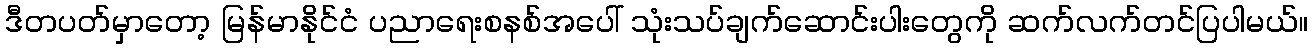
ဒီတပတ်မှာတော့ မြန်မာနိုင်ငံ ပညာရေးစနစ်အပေါ် သုံးသပ်ချက်ဆောင်းပါးတွေကို ဆက်လက်တင်ပြပါမယ်။